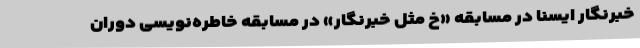
خبرنگار ایسنا در مسابقه «‌خ مثل خبرنگار» در مسابقه خاطره‌نویسی دوران